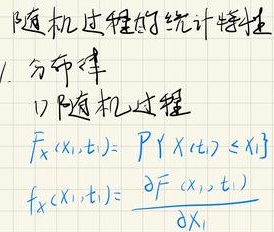
随机过程的统计特性
1. 分布律
1) 随机过程
$F_X(x_1,t_1)=P\{X(t_1)\leq x_1\}$
$f_X(x_1,t_1)=\frac{\partial F_X(x_1,t_1)}{\partial x_1}$